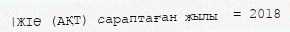
|ЖІӨ (АҚТ) сараптаған жылы  = 2018